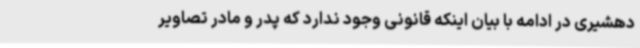
دهشیری در ادامه با بیان اینکه قانونی وجود ندارد که پدر و مادر تصاویر